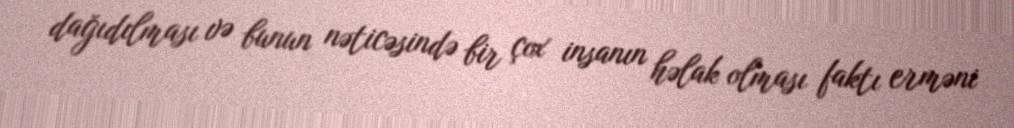
dağıdılması və bunun nəticəsində bir çox insanın həlak olması faktı erməni